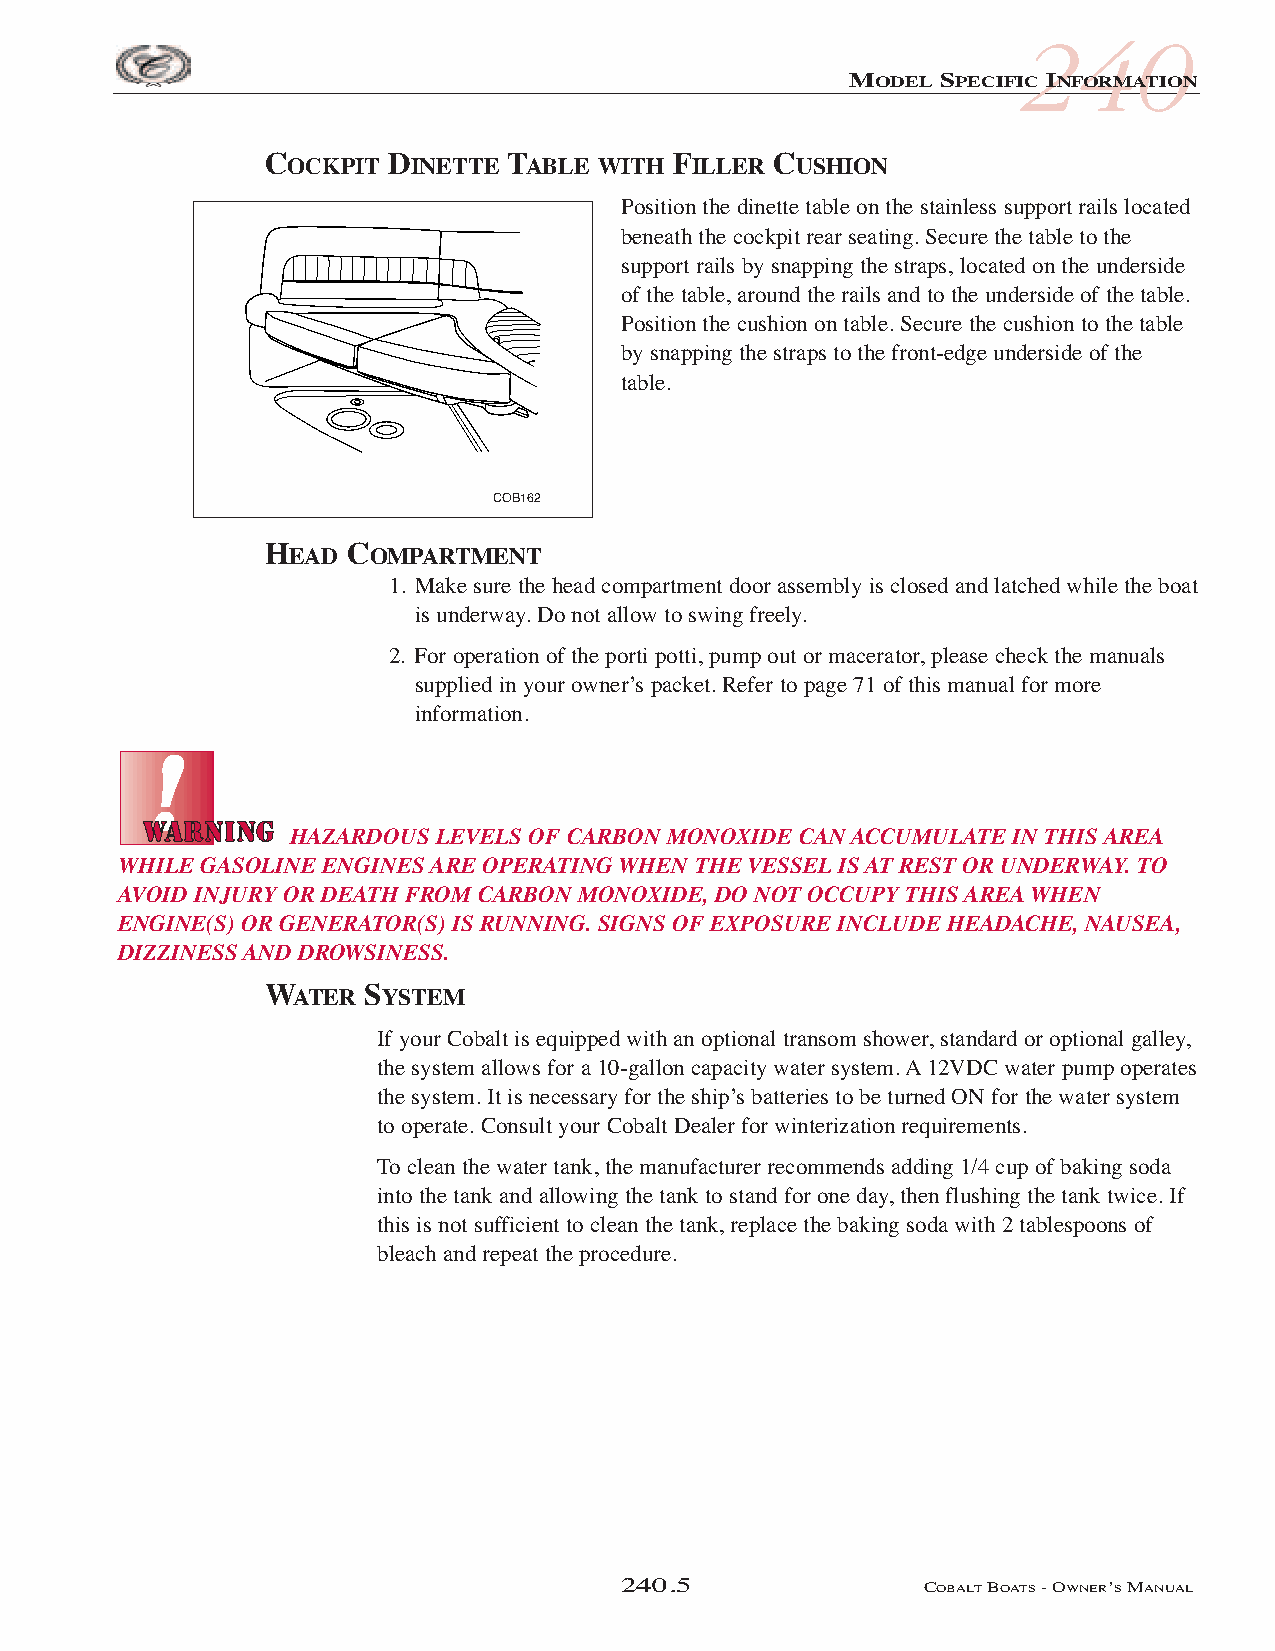
COB_05 Sect 240.qxd 3/18/05 9:23 AM Page 240.5
 240
 MODEL SPECIFIC INFORMATION
 COCKPIT DINETTE TABLE WITH FILLER CUSHION
 Position the dinette table on the stainless support rails located
 beneath the cockpit rear seating. Secure the table to the
 support rails by snapping the straps, located on the underside
 of the table, around the rails and to the underside of the table.
 Position the cushion on table. Secure the cushion to the table
 by snapping the straps to the front-edge underside of the
 table.
 COB162
 HEAD COMPARTMENT
 1. Make sure the head compartment door assembly is closed and latched while the boat
 is underway. Do not allow to swing freely.
 2. For operation of the porti potti, pump out or macerator, please check the manuals
 supplied in your owner’s packet. Refer to page 71 of this manual for more
 information.
 HAZARDOUS LEVELS OF CARBON MONOXIDE CAN ACCUMULATE IN THIS AREA
 WHILE GASOLINE ENGINES ARE OPERATING WHEN THE VESSEL IS AT REST OR UNDERWAY. TO
 AVOID INJURY OR DEATH FROM CARBON MONOXIDE, DO NOT OCCUPY THIS AREA WHEN
 ENGINE(S) OR GENERATOR(S) IS RUNNING. SIGNS OF EXPOSURE INCLUDE HEADACHE, NAUSEA,
 DIZZINESS AND DROWSINESS.
 WATER  SYSTEM
 If your Cobalt is equipped with an optional transom shower, standard or optional galley,
 the system allows for a 10-gallon capacity water system. A12VDC water pump operates
 the system. It is necessary for the ship’s batteries to be turned ON for the water system
 to operate. Consult your Cobalt Dealer for winterization requirements.
 To clean the water tank, the manufacturer recommends adding 1/4 cup of baking soda
 into the tank and allowing the tank to stand for one day, then flushing the tank twice. If
 this is not sufficient to clean the tank, replace the baking soda with 2 tablespoons of
 bleach and repeat the procedure.
 240.5               COBALTBOATS- OWNER’SMANUAL